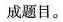
成题目。